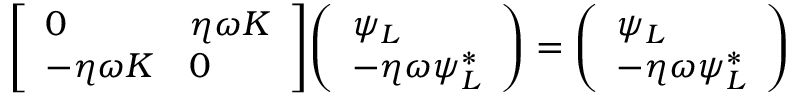
{ \left[ \begin{array} { l l } { 0 } & { \eta \omega K } \\ { - \eta \omega K } & { 0 } \end{array} \right] } { \left( \begin{array} { l } { \psi _ { L } } \\ { - \eta \omega \psi _ { L } ^ { * } } \end{array} \right) } = { \left( \begin{array} { l } { \psi _ { L } } \\ { - \eta \omega \psi _ { L } ^ { * } } \end{array} \right) }